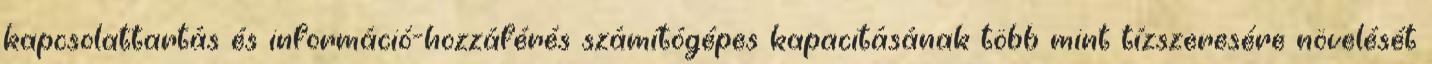
kapcsolattartás és információ-hozzáférés számítógépes kapacitásának több mint tízszeresére növelését